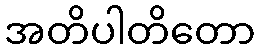
အတိပါတိတော